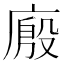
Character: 𰏾